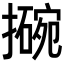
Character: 𫾊